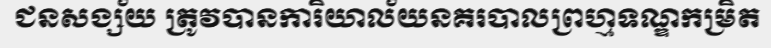
ជនសង្ស័យ ត្រូវបានការិយាល័យនគរបាលព្រហ្មទណ្ឌកម្រិត